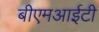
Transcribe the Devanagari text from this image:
बीएमआईटी